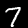
Digit: 7